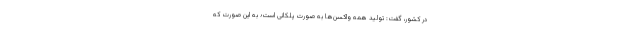
در کشور، گفت: تولید همه واکسن‌ها به صورت پلکانی است؛ به این صورت که